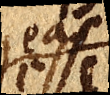
eas